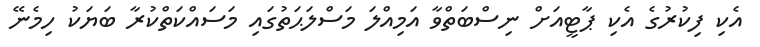
އެކި ފިކުރުގެ އެކި ޕާޓީއަށް ނިސްބަތްވާ އަމިއްލަ މަސްލަޙަތުގައި މަސައްކަތްކުރާ ބަޔަކު ހިމެނޭ